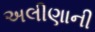
અલીણાની